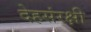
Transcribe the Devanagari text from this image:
देहसंरक्षी